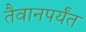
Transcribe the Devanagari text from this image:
तैवानपर्यंत